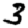
Digit: 3